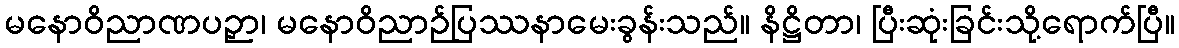
မနောဝိညာဏပဉှာ၊ မနောဝိညာဉ်ပြဿနာမေးခွန်းသည်။ နိဋ္ဌိတာ၊ ပြီးဆုံးခြင်းသို့ရောက်ပြီ။